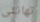
تهانئى